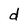
Character: d